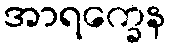
အာရက္ခေန